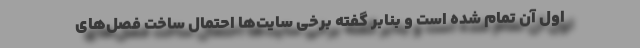
اول آن تمام شده است و بنابر گفته برخی سایت‌ها احتمال ساخت فصل‌های